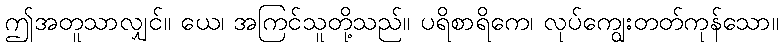
ဤအတူသာလျှင်။ ယေ၊ အကြင်သူတို့သည်။ ပရိစာရိကေ၊ လုပ်ကျွေးတတ်ကုန်သော။